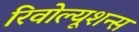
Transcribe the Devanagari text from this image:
रिवोल्यूशन्स